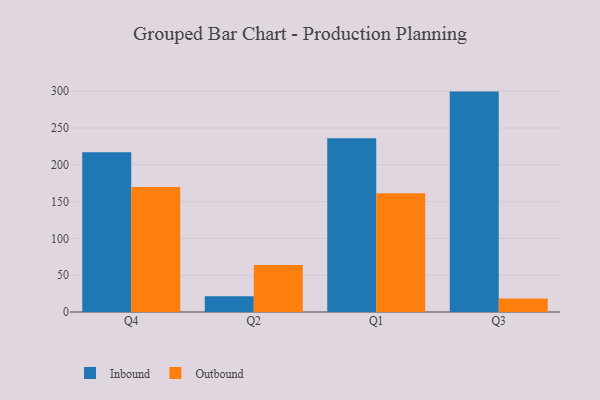
{"axis": {"x": "Quarter", "y": "Active Users"}, "legend": ["Inbound", "Outbound"], "data": [{"x": "Q4", "y": 217.2, "type": "Inbound"}, {"x": "Q4", "y": 170.0, "type": "Outbound"}, {"x": "Q2", "y": 21.5, "type": "Inbound"}, {"x": "Q2", "y": 63.8, "type": "Outbound"}, {"x": "Q1", "y": 236.0, "type": "Inbound"}, {"x": "Q1", "y": 161.2, "type": "Outbound"}, {"x": "Q3", "y": 299.5, "type": "Inbound"}, {"x": "Q3", "y": 18.3, "type": "Outbound"}]}